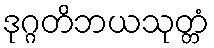
ဒုဂ္ဂတိဘယသုတ္တံ